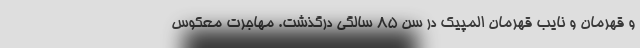
و قهرمان و نایب قهرمان المپیک در سن ۸۵ سالگی درگذشت. مهاجرت معکوس